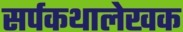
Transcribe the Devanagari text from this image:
सर्पकथालेखक